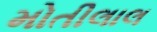
મોતીલાલ